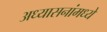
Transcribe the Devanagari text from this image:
अध्यासनांमध्ये